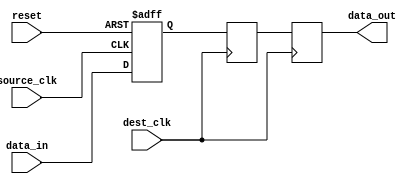
module two_flop_synchronizer(
    input wire source_clk,
    input wire dest_clk,
    input wire reset,
    input wire data_in,
    output reg data_out
);

reg flop1_out;
reg flop2_out;

always @(posedge source_clk or posedge reset) begin
    if (reset) begin
        flop1_out <= 1'b0;
    end else begin
        flop1_out <= data_in;
    end
end

always @(posedge dest_clk) begin
    flop2_out <= flop1_out;
end

always @(posedge dest_clk) begin
    data_out <= flop2_out;
end

endmodule